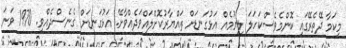
މިކަމާ ދޭތެރޭގައި ކޮންމެވެސްކަހަލަ ލިޔުމެއް އަޅުގަނޑަށް ތައްޔާރުކޮށްލައްވަދެއްވާށޭ. އަޅުގަނޑަށް ގެނެސްދެއްވި. 1970 ވަނަ